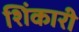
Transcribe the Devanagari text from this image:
शिंकारी